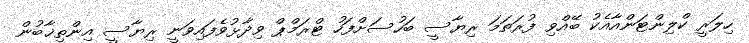
ހިލަރީ ކްލިންޓަންއާއެކު ބޭއްވި ފުރަތަމަ ރިޔާސީ ބަހުސަށްފަހު ޓްރަމްޕް ވިދާޅުވެފައިވަނީ ރިޔާސީ އިންތިޚާބުން